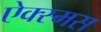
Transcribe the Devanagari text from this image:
ऐक्स्मस